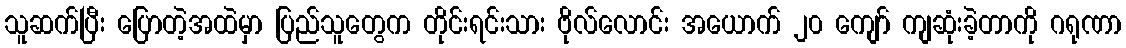
သူဆက်ပြီး ပြောတဲ့အထဲမှာ ပြည်သူတွေက တိုင်းရင်းသား ဗိုလ်လောင်း အယောက် ၂၀ ကျော် ကျဆုံးခဲ့တာကို ဂရုဏာ